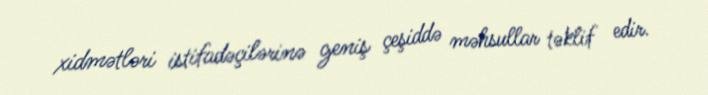
xidmətləri istifadəçilərinə geniş çeşiddə məhsullar təklif edir.